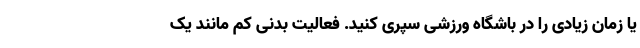
یا زمان زیادی را در باشگاه ورزشی سپری کنید. فعالیت بدنی کم مانند یک